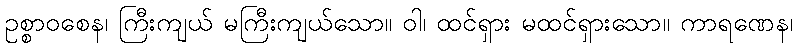
ဥစ္စာဝစေန၊ ကြီးကျယ် မကြီးကျယ်သော။ ဝါ၊ ထင်ရှား မထင်ရှားသော။ ကာရဏေန၊